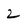
Character: 2